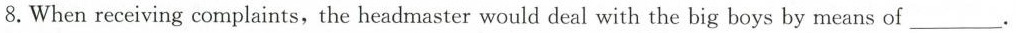
8.When receiving complaints, the headmaster would deal with the big boys by means of ___.